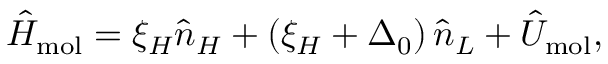
\hat { H } _ { \mathrm { m o l } } = \xi _ { H } \hat { n } _ { H } + \left( \xi _ { H } + \Delta _ { 0 } \right) \hat { n } _ { L } + \hat { U } _ { \mathrm { m o l } } ,